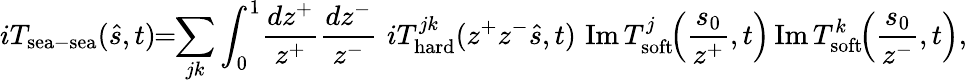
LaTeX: iT_{\mathrm{sea}-\mathrm{sea}}(\hat{s},t)\! \! =\! \! \sum_{jk}\int_{0}^{1}\! \frac{dz^{+}}{z^{+}}\frac{dz^{-}}{z^{-}}\, \, iT_{\mathrm{hard}}^{jk}(z^{+}z^{-}\hat{s},t)\, \, \mathrm{Im}\, T_{\mathrm{soft}}^{j}\! \! \left(\frac{s_{0}}{z^{+}},t\right)\, \mathrm{Im}\, T_{\mathrm{soft}}^{k}\! \! \left(\frac{s_{0}}{z^{-}},t\right),